Scottish Leaving Certificate Examination, 1953
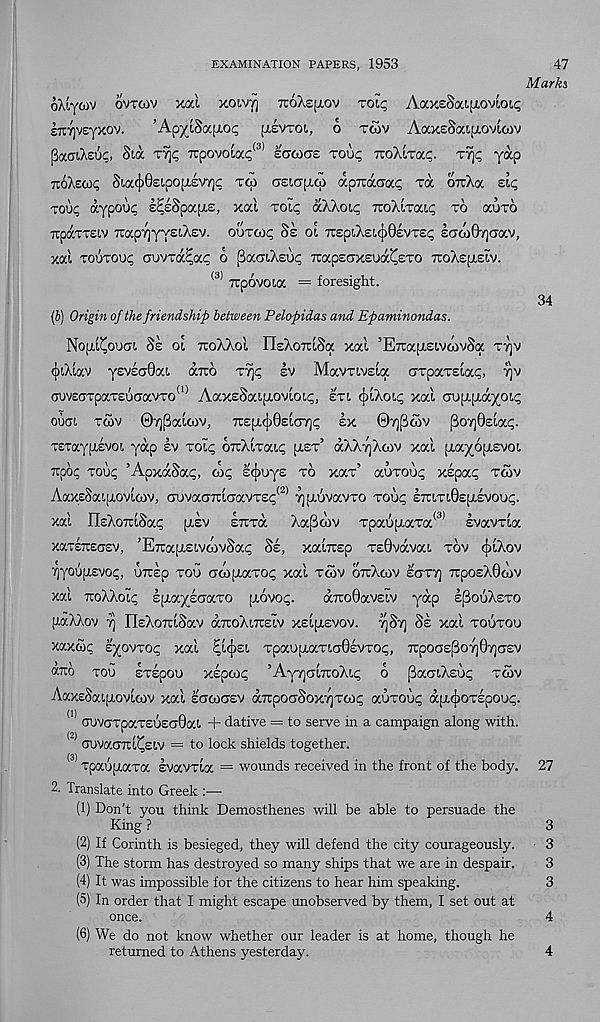
EXAMINATION PAPERS, 1953
47
Marks
oXiywv ovtcov xal xoivt] TroXsfxov toic; AaxsSaijjLovio
sTryvsyxov.
’ApyiSaiior [ibrzoi, 6 twv AaxeSai,[j,ovto>v
PacTiXeui;, Sia
7rpovoia^( s) lacoas tou<; ttoXatocc;.
yap
TioAciot; Sia^)0ei.popt£V7]c T<p ceiGpifp apTraaa^ Ta oTcXa etc;
roup aypoup s^sSpapie, xal TOip aAAoip xoXiTa^ to aoxo
TipocTTEiv 7tap7]yy£i.X£v. ooToip 8e oi TrspiXeupOIvTEp £GO)07]Gav,
xal toutou^ aovTa^ac o [iaGiXEup TCapEGXEoa^sTO TroXspiElv.
<3) TTpovowc = foresight.
34
(5) Origin of the friendship between Pelopidas and Epaminondas.
Nofxi^ouGi. Se ol tuoXXoi risXoTrlSa xal ’ETtaptstvoivSa ttjv
<j)tXtav y£V£G0ai. aTto xf\q Iv MavTtvela Grparsiap, yv
GUV£GTpaTEOGavTO (1) AaxsSaipLOvloi^, £Ti (plXoip xal cop^rayoLc;
ougi tmv ©Tj^altov, 7t£p(j)0£la7](; £x 0Y]P&)V fioyfiziuq.
TETayiiEVOL yap £v xoip GTiXlTaip [jLEt’ aXXyjXcov xal payopEvoi
Ttpop roue ’ApxaSac, cot; £(j)oy£ to xax’ auTOuc xepat; tcov
AaxsSaipovlcov, GovaG7tlGavT£t; (2) ypovavTO Toop £7ttTi0£p,£VOu<;.
xal IlEXoTriSap p£V ETtTa Xafioiv TpaupaTa (3> Evavxia
xaTCTEGsv, ’ETrapEivoivSap §e, xalrcEp T£0vava!. tov cfjtXov
TjyOOpcVOC, UTTEp TOO GCOpaTOt; xal TCOV OTtXcOV EGT7] 7rpOEX0COV
xal TtoXXolc spa^EGaTO povot;.
a7ro0av£iv yap IpooXsTO
paXXov y nsXoTtlSav aTtoXiTisiv xslpEvov. ySy Ss xal toutoo
xaxcop iyo'nor xal Hfyei xpaopaxigOevto;, 7rpoa£[3oY)07]GEV
aTCO TOO ETEpOU XEpCOC ’ Ay7]GL7toXlt; 6 paG'.Xsop TCOV
AaxsSaLpovLcov xal egcogev aTipoGSoxyTcop auTOut; ap^OTEpou.;.
a) GOVGTpaTEU£G0ati + dative = to serve in a campaign along with.
<2> GovaGxl^siv = to lock shields together.
<3) xpaopaxa svavTia = wounds received in the front of the body. 27
2. Translate into Greek :—
(1) Don't you think Demosthenes will be able to persuade the
King ?
3
(2) If Corinth is besieged, they will defend the city courageously.
3
(3) The storm has destroyed so many ships that we are in despair.
3
(4) It was impossible for the citizens to hear him speaking.
3
(5) In order that I might escape unobserved by them, I set out at
once.
4
(6) We do not know whether our leader is at home, though he
returned to Athens yesterday.
4